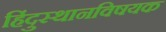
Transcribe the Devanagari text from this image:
हिंदुस्थानविषयक